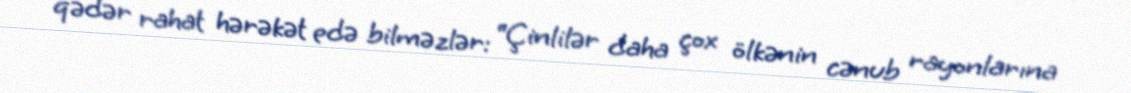
qədər rahat hərəkət edə bilməzlər: “Çinlilər daha çox ölkənin cənub rayonlarına